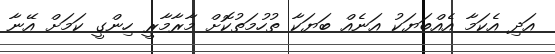
އަދި އެކަމާ އެއްބަޔަކު އަނެއް ބަޔަކާ ތުހުމަތުކޮށް މާރާމާރީ ހިންގީ ކަމަށް އޭނާ